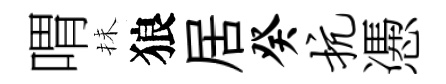
喟抺狼居癸抗慿